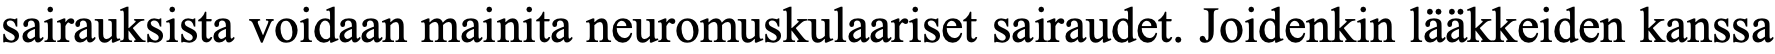
sairauksista voidaan mainita neuromuskulaariset sairaudet. Joidenkin lääkkeiden kanssa